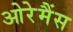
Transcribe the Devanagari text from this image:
ओरेमैंस